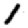
Digit: 1